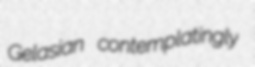
Gelasian contemplatingly